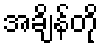
အချိန်တို